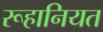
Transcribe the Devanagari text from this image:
रूहानियत